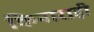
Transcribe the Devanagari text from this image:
किनाराही